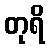
တုရိ